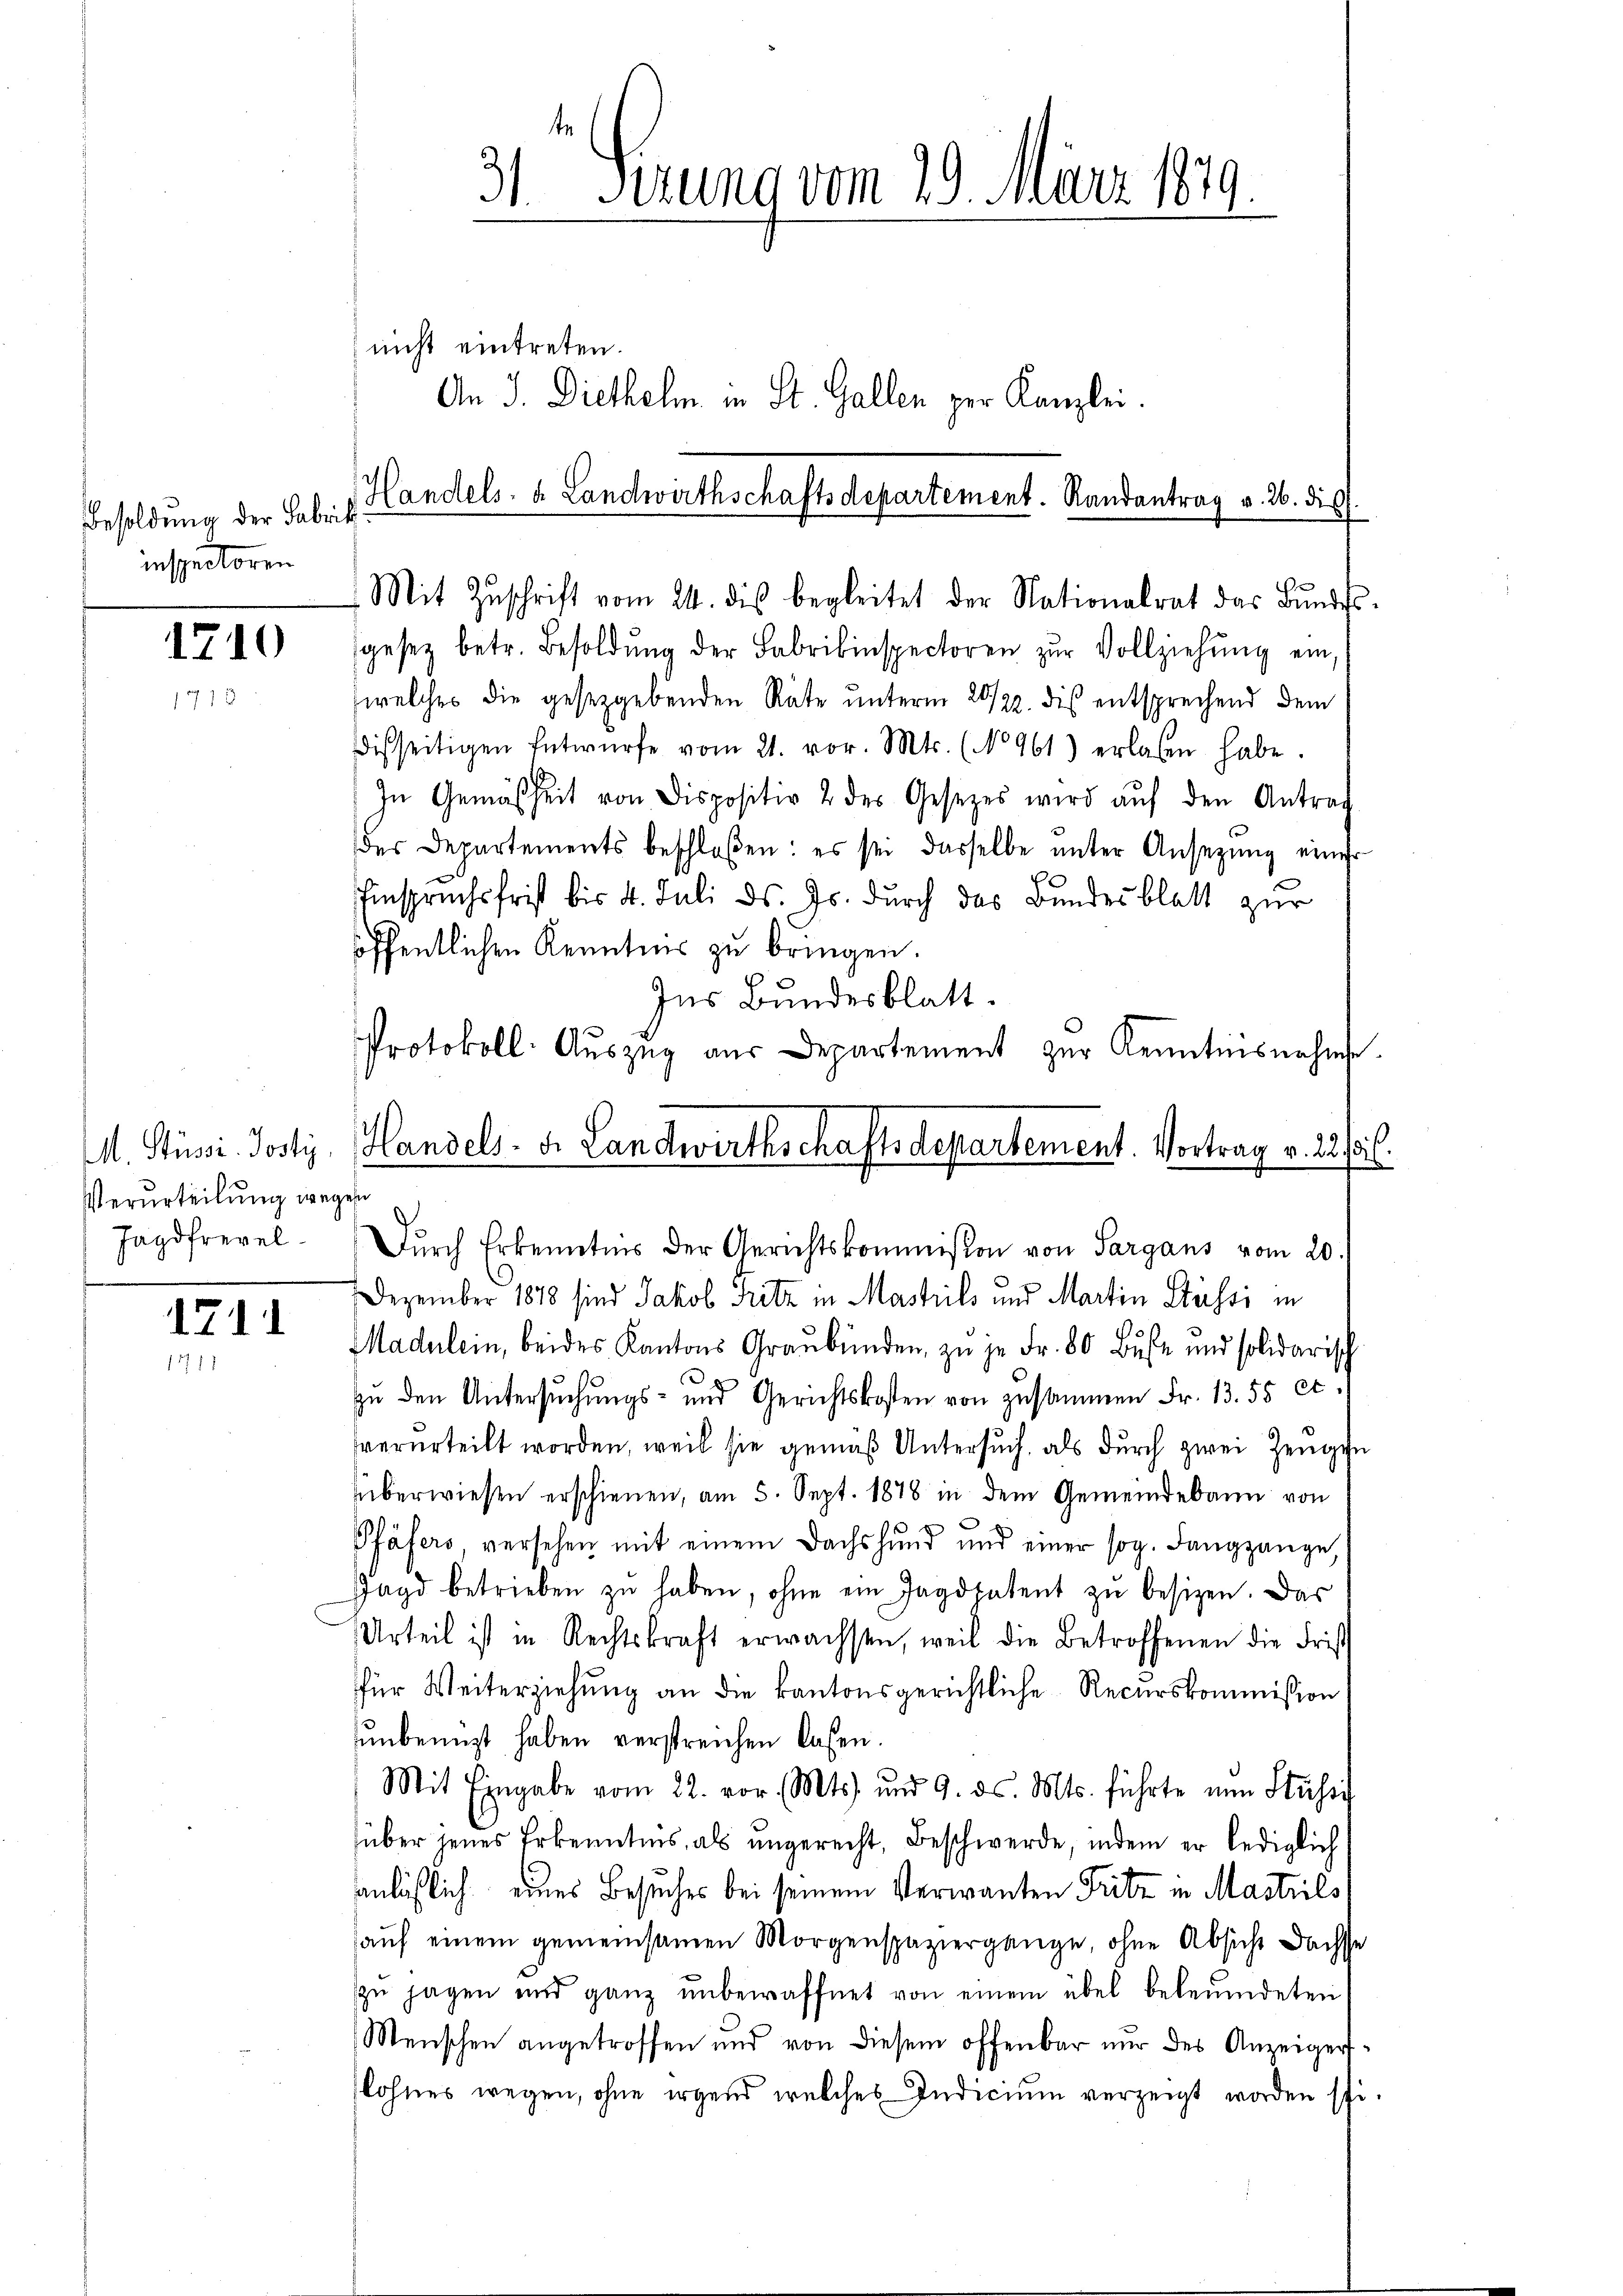
Besoldung der Fabrik
inspectoren

1710

Verurteilung wegen

1711
1711

¬
. Sitzung vom 29. März 1879.

sgesez betr. Besoldŭng der Fabrikinspectoren zŭr Vollziehŭng ein
welches die gesetzgebenden Räte unterm 29/22. dis entsprechend dem
disseitigen Entwürfe vom 21. vor. Mts. (No 961) erlassen habe.
In Gemäßheit von Dispositiv 2 des Gesetzes wird aŭf den Antrag
der Departements beschloßen: es sei dasselbe ŭnter Ansetzŭng einer
Einspruchsfrist bis 4. Juli d. Js. durch das Bundesblatt zur
öffentlichen Kenntnis zu bringen.
Ins Bundesblatt.
Jagdfrevel. Dŭrch Erkenntnis der Gerichtskommißion von Sargans vom 20.
Dezember 1878 sind Jakob Fritz in Masteils und Martin Stüssi in
Madulein, beides Kantons Graubünden, zu je Fr. 80 Buße und solidarisch
zu den Untersŭchŭngs- und Gerichtskosten von zusammen Fr. 13. 55 et.
verurteilt worden, weil sie gemäß Untersuch, als durch zwei Zeugen
überwiesen erschienen, am 5. Sept. 1878 in dem Gemeindebann von
Pfäfers, versehen mit einem Dachshund und einer sog. Langgange,
Jagd betrieben zŭ haben, ohne ein Jagdpatent zŭ besizen. Das
Urteil ist in Rechtskraft erwachsen, weil die Betroffenen die Frist
für Weiterziehung an die kantonsgerichtliche Recurskommission
unbenuzt haben verstreichen lassen.
Mit Eingabe vom 22. vor. Mts. und 9. ds. Mts. führte nun Stufe
über jenes Erkenntnis, als ungerecht, Beschwerde, indem er lediglich
anläßlich eines Besuches bei seinem Verwanten Fritz in Mastrils
aŭf einem gemeinsamen Morgenspaziergange, ohne Absicht Dachste
zu jagen und ganz unbewaffnet von einem übel beleumdeten
Menschen angetroffen und von diesem offenbar nur des Anzeigert.
lohnes wegen, ohne irgend welches Indicium verzeigt worden sei.

nicht eintreten.
An J. Diethelm in St. Gallen zur Kanzlei.

Handels- u. Landwirthschaftsdepartement. Randantrag v. 26. dis
Mit Zŭschrift vom 24. dis begleitet der Nationalrat das Bŭndes-

Protokoll. Auszug aus Departement zur Kenntnisnahme.
M. Sussi Jostiz, Handels- Fr. Landwirthschafts Departement. Vortrag v. 221.